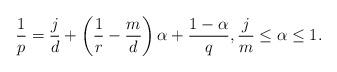
LaTeX: \begin{align*}\frac{1}{p} = \frac{j}{d} + \left ( \frac{1}{r} - \frac{m}{d} \right ) \alpha + \frac{1-\alpha}{q}, \frac{j}{m} \leq \alpha \leq 1.\end{align*}